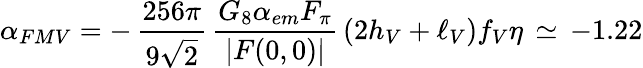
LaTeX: \alpha_{FMV}=-\, \frac{256\pi}{9\sqrt{2}}\, \frac{G_{8}\alpha_{em}F_{\pi}}{|F(0,0)|}\, (2h_{V}+\ell_{V})f_{V}\eta\, \simeq\, -1.22